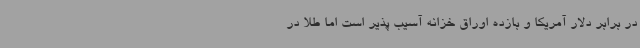
در برابر دلار آمریکا و بازده اوراق خزانه آسیب پذیر است اما طلا در